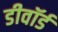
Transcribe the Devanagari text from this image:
डीवॉर्ड